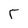
Character: r